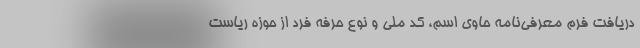
دریافت فرم معرفی‌نامه حاوی اسم، کد ملی و نوع حرفه فرد از حوزه ریاست